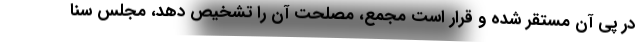
در پی آن مستقر شده و قرار است مجمع، مصلحت آن را تشخیص دهد، مجلس سنا